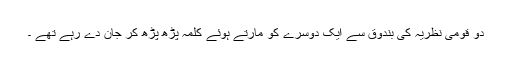
دو قومی نظریہ کی بندوق سے ایک دوسرے کو مارتے ہوئے کلمہ پڑھ پڑھ کر جان دے رہے تھے ۔